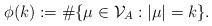
LaTeX: \begin{align*}\phi(k):=\#\{\mu\in \mathcal{V}_A:|\mu|=k\}.\end{align*}